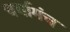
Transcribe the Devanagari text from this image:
चर्चामंच